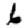
Digit: 6